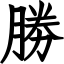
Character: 勝